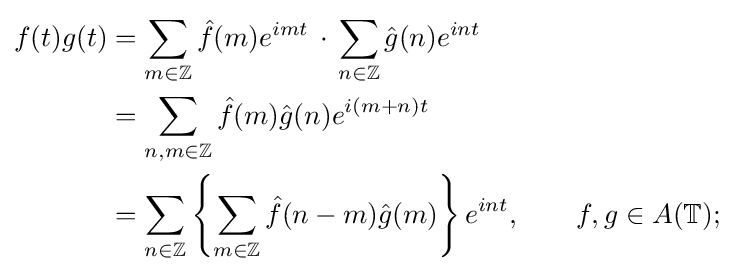
{\begin{aligned}f(t)g(t)&=\sum _{m\in \mathbb {Z} }{\hat {f}}(m)e^{imt}\,\cdot \,\sum _{n\in \mathbb {Z} }{\hat {g}}(n)e^{int}\\&=\sum _{n,m\in \mathbb {Z} }{\hat {f}}(m){\hat {g}}(n)e^{i(m+n)t}\\&=\sum _{n\in \mathbb {Z} }\left\{\sum _{m\in \mathbb {Z} }{\hat {f}}(n-m){\hat {g}}(m)\right\}e^{int},\qquad f,g\in A(\mathbb {T} );\end{aligned}}